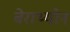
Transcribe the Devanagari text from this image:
बेराथ्योन